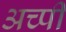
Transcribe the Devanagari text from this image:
अच्पी